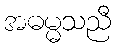
အဓမ္မသညီ